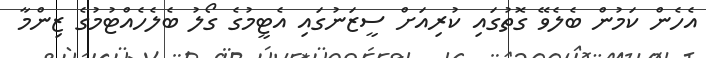
އެހެން ކަމުން ބެލެވޭ ގޮތުގައި ކުރިއަށް ސީޒަނުގައި އެޓީމުގެ ގޯލު ބެލެހެއްޓުމުގެ ޒިންމާ